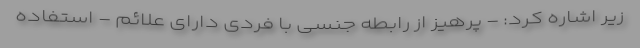
زیر اشاره کرد: - پرهیز از رابطه جنسی با فردی دارای علائم - استفاده